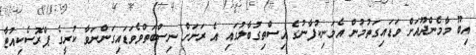
އިބޫ މާމެންދޫއަށް ވަޑައިގަތުމުން އެމަނިކުފާނުގެ އިސްތިގުބާލުގައި އެ ރަށަށް ނިސްބަތްވެވަޑައިގަންނަވާ ކުރީގެ ޕްރޮސެކިއުޓާ